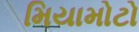
મિયામોટો